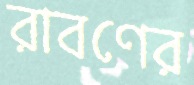
রাবণের